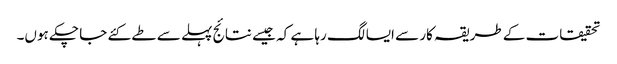
تحقیقات کے طریقہ کار سے ایسا لگ رہا ہے کہ جیسے نتائج پہلے سے طے کئے جا چکے ہوں۔